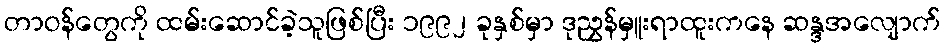
တာဝန်တွေကို ထမ်းဆောင်ခဲ့သူဖြစ်ပြီး ၁၉၉၂ ခုနှစ်မှာ ဒုညွှန်မှူးရာထူးကနေ ဆန္ဒအလျောက်